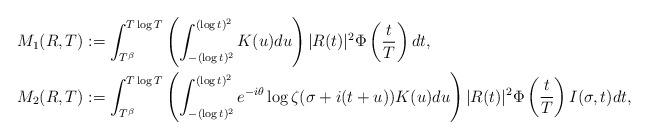
LaTeX: \begin{align*}M_1(R,T) &:= \int_{T^{\beta}}^{T\log{T}}\left( \int_{-(\log{t})^2}^{(\log{t})^2} K(u)du \right)|R(t)|^{2}\Phi\left( \frac{t}{T} \right)dt, \\M_2(R,T) &:= \int_{T^{\beta}}^{T\log{T}}\left( \int_{-(\log{t})^2}^{(\log{t})^2} e^{-i\theta}\log\zeta(\sigma+i(t+u)) K(u)du \right)|R(t)|^{2}\Phi\left( \frac{t}{T} \right)I(\sigma,t)dt,\end{align*}